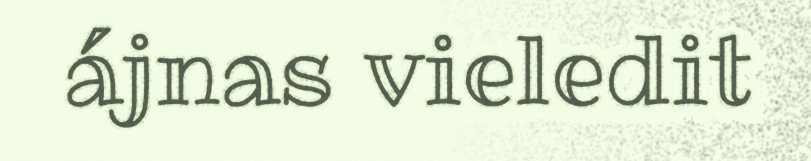
ájnas vieledit